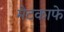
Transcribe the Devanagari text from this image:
मेटकाफे